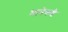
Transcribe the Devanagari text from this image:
मानेकडे